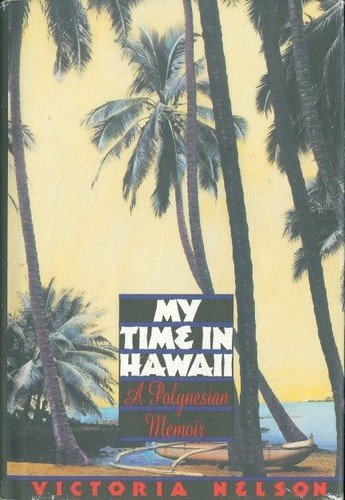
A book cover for My Time in Hawaii: A Polynesian Memoir; Victoria Nelson; Travel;